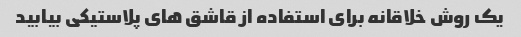
یک روش خلاقانه برای استفاده از قاشق های پلاستیکی بیابید